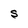
Character: S